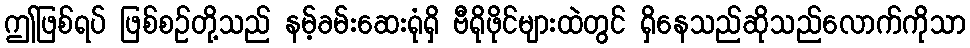
ဤဖြစ်ရပ် ဖြစ်စဉ်တို့သည် နမ့်ခမ်းဆေးရုံရှိ ဗီရိုဖိုင်များထဲတွင် ရှိနေသည်ဆိုသည်လောက်ကိုသာ